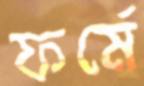
ফর্মে